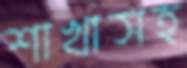
শাখাসহ